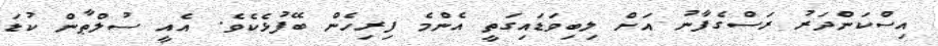
އިސްކަންދަރު ރަސްގެފާނު އަށް ލިބިވަޑައިގަތީ އެންމެ ފިރިހެން ބޭފުޅެކެވެ. އެއީ ސުލްޠާން ކުޑަ